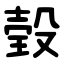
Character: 㲄